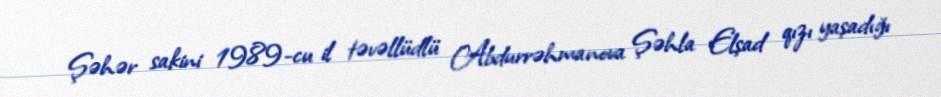
Şəhər sakini 1989-cu il təvəllüdlü Abdurrəhmanova Şəhla Elşad qızı yaşadığı